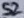
Text: S2